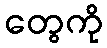
တွေကို